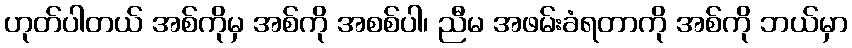
ဟုတ်ပါတယ် အစ်ကိုမှ အစ်ကို အစစ်ပါ၊ ညီမ အဖမ်းခံရတာကို အစ်ကို ဘယ်မှာ